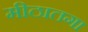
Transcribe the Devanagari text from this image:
मीठातगा